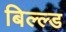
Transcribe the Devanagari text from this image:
बिल्ल्ड